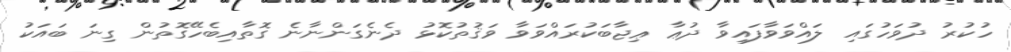
ހުކުރު ދުވަހުގައި ލައްވަވާފައިވާ ދުޢާ ޢިޖާބަކުރައްވަވާ ވަޤުތުކޮޅު ދެނެގަންނާނެ ގޮތާއިބެހޭގޮތުން ގިނަ ބައަކު